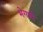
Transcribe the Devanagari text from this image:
भेगारी